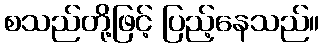
စသည်တို့ဖြင့် ပြည့်နေသည်။